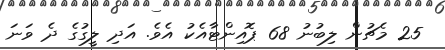
25 މެޗުން ލިބުނު 68 ޕޮއިންޓާއެކު އެވެ. އަދި ލީގުގެ ދެ ވަނަ